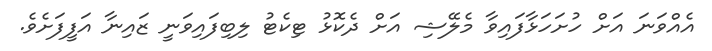
އެއްވަނަ އަށް ހުށަހަޅާފައިވާ މެލޭޝި އަށް ދެކޮޅު ޓިކެޓު ލިބިފައިވަނީ ޒައިނާ އަފީފަށެވެ.